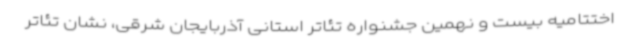
اختتامیه بیست و نهمین جشنواره تئاتر استانی آذربایجان شرقی، نشان تئاتر